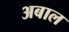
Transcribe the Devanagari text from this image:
अबाल